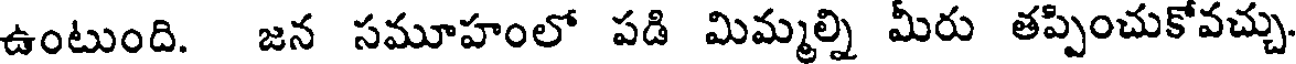
ఉంటుంది. జన సమూహంలో పడి మిమ్మల్ని మీరు తప్పించుకోవచ్చు